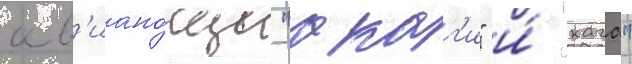
ав'иано́сцы "акаг'и" и́ "кага"